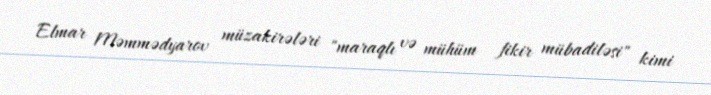
Elmar Məmmədyarov müzakirələri "maraqlı və mühüm fikir mübadiləsi" kimi